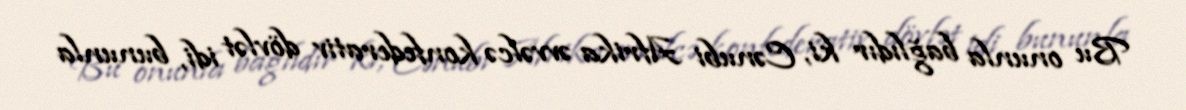
Bu onunla bağlıdır ki, Cənubi Afrika əvvəlcə konfederativ dövlət idi, bununla